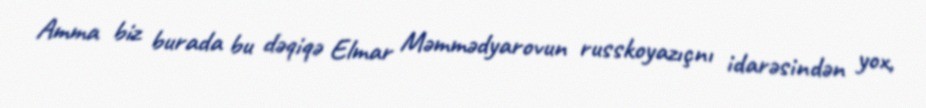
Amma biz burada bu dəqiqə Elmar Məmmədyarovun russkoyazıçnı idarəsindən yox,